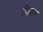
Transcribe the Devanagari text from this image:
जिलग